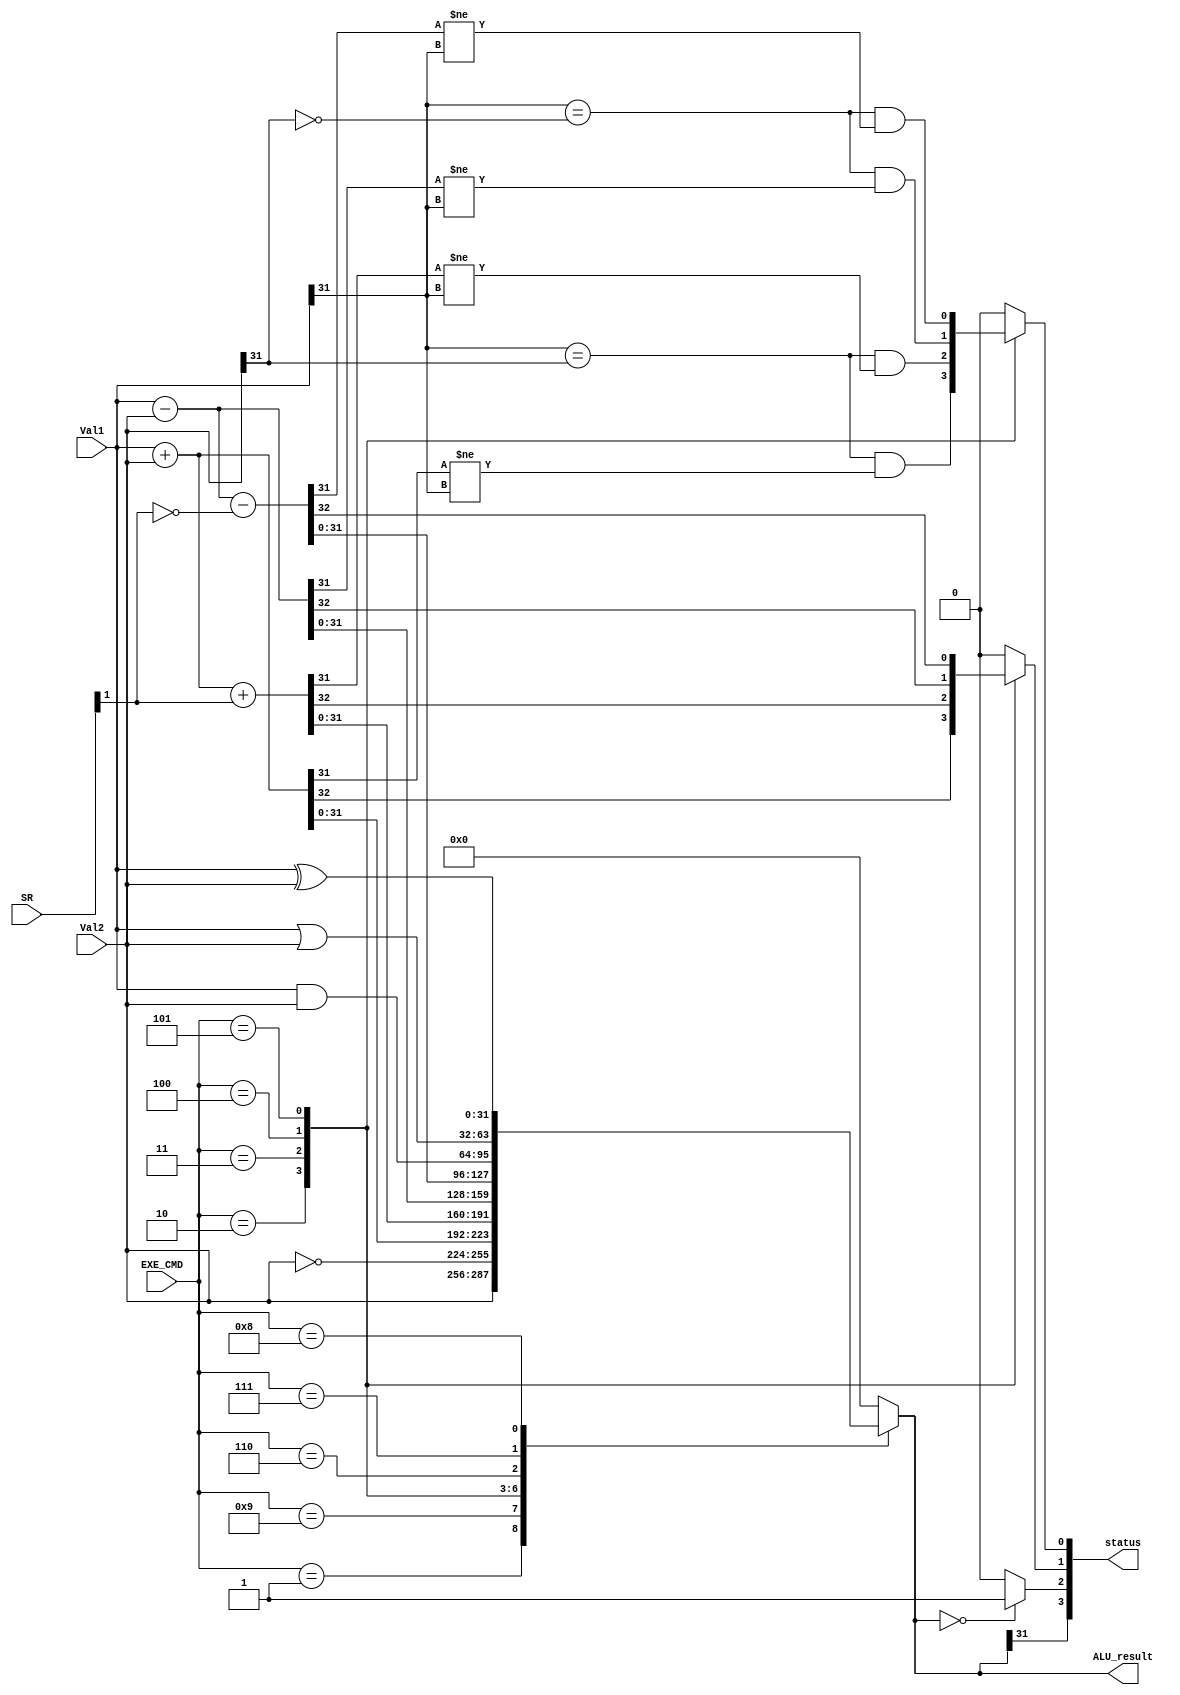
module ALU(
  input[3:0] EXE_CMD,
  input[31:0] Val1, Val2,
  input[3:0] SR,

  output[3:0] status,
  output reg[31:0] ALU_result
);
  wire Cin;
  wire N,Z;
  reg C,V;

  assign Cin=SR[1];
  assign status={N,Z,C,V};
  assign N=ALU_result[31];
  assign Z=(ALU_result==0) ? 1'b1 : 1'b0;

  always@(*)
  begin
    case(EXE_CMD)
      4'b0001: begin ALU_result=Val2; C=0; V=0; end
      4'b1001: begin ALU_result=~Val2; C=0; V=0; end
      4'b0010: begin
        {C,ALU_result}=Val1+Val2;
        V=((Val1[31] == Val2[31]) & (ALU_result[31] != Val1[31]));
      end
      4'b0011: begin
        {C,ALU_result}=Val1+Val2+{31'b0,Cin};
        V=((Val1[31] == Val2[31]) & (ALU_result[31] != Val1[31]));
      end
      4'b0100: begin
        {C,ALU_result}=Val1-Val2;
        V=((Val1[31] == ~Val2[31]) & (ALU_result[31] != Val1[31]));
      end
      4'b0101: begin
        {C,ALU_result}=Val1-Val2-{31'b0,~Cin};
        V=((Val1[31] == ~Val2[31]) & (ALU_result[31] != Val1[31]));
      end
      4'b0110: begin ALU_result=Val1 & Val2; C=0; V=0; end
      4'b0111: begin ALU_result=Val1 | Val2; C=0; V=0; end
      4'b1000: begin ALU_result=Val1 ^ Val2; C=0; V=0; end
      default: begin ALU_result=0; C=0; V=0; end
    endcase
  end

endmodule